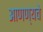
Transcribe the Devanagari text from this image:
आणण्यचे